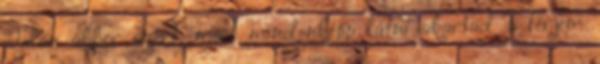
Talán akkor azért, mert mindenképp látni akartad a férjem